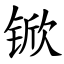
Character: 锨